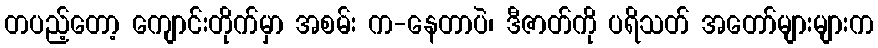
တပည့်တော့ ကျောင်းတိုက်မှာ အစမ်း က-နေတာပဲ၊ ဒီဇာတ်ကို ပရိသတ် အတော်များများက